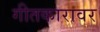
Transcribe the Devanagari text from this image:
गीतकारावर